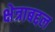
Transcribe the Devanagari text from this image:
क्षेत्राबद्दल